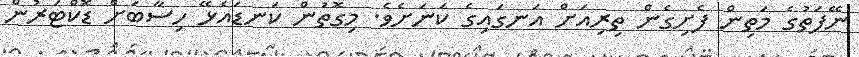
ނޭފަތުގެ މަތިން ފެށިގެން ތިރިއަށް އަނގައިގެ ކަނަށެވެ. މިގޮތުން ކަނޑައެޅޭ ހިސާބަށް ޑޮކްޓަރުން